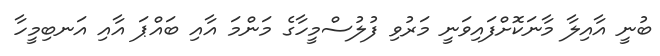
ބުނީ އާއިލާ މާނަކޮށްފައިވަނީ މަރުވި ފުލުސްމީހާގެ މަންމަ އާއި ބައްޕަ އާއި އަނބިމީހާ